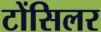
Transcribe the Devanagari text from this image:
टोंसिलर